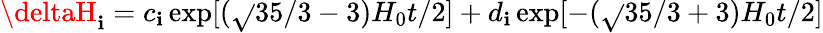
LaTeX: \deltaH_{\mathbf{i}}=c_{\mathbf{i}}\exp[(\sqrt{}{{35/3}}-3)H_{0}t/2]+d_{\mathbf{i}}\exp[-(\sqrt{}{{35/3}}+3)H_{0}t/2]